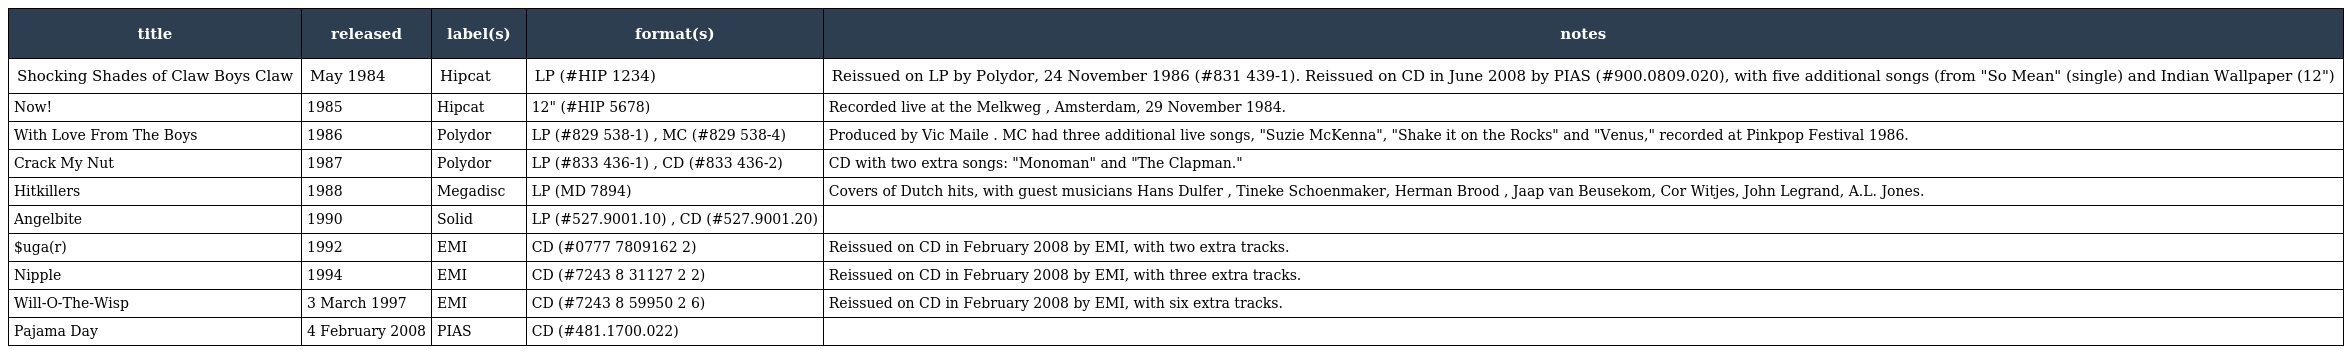
| title | released | label(s) | format(s) | notes |
 | --- | --- | --- | --- | --- |
 | Shocking Shades of Claw Boys Claw | May 1984 | Hipcat | LP (#HIP 1234) | Reissued on LP by Polydor, 24 November 1986 (#831 439-1). Reissued on CD in June 2008 by PIAS (#900.0809.020), with five additional songs (from "So Mean" (single) and Indian Wallpaper (12") |
 | Now! | 1985 | Hipcat | 12" (#HIP 5678) | Recorded live at the Melkweg , Amsterdam, 29 November 1984. |
 | With Love From The Boys | 1986 | Polydor | LP (#829 538-1) , MC (#829 538-4) | Produced by Vic Maile . MC had three additional live songs, "Suzie McKenna", "Shake it on the Rocks" and "Venus," recorded at Pinkpop Festival 1986. |
 | Crack My Nut | 1987 | Polydor | LP (#833 436-1) , CD (#833 436-2) | CD with two extra songs: "Monoman" and "The Clapman." |
 | Hitkillers | 1988 | Megadisc | LP (MD 7894) | Covers of Dutch hits, with guest musicians Hans Dulfer , Tineke Schoenmaker, Herman Brood , Jaap van Beusekom, Cor Witjes, John Legrand, A.L. Jones. |
 | Angelbite | 1990 | Solid | LP (#527.9001.10) , CD (#527.9001.20) |  |
 | $uga(r) | 1992 | EMI | CD (#0777 7809162 2) | Reissued on CD in February 2008 by EMI, with two extra tracks. |
 | Nipple | 1994 | EMI | CD (#7243 8 31127 2 2) | Reissued on CD in February 2008 by EMI, with three extra tracks. |
 | Will-O-The-Wisp | 3 March 1997 | EMI | CD (#7243 8 59950 2 6) | Reissued on CD in February 2008 by EMI, with six extra tracks. |
 | Pajama Day | 4 February 2008 | PIAS | CD (#481.1700.022) |  |